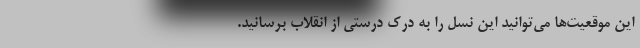
این موقعیت‌ها می‌توانید این نسل را به درک درستی از انقلاب برسانید.